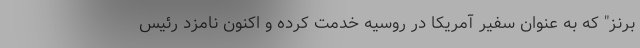
برنز" که به عنوان سفیر آمریکا در روسیه خدمت کرده و اکنون نامزد رئیس